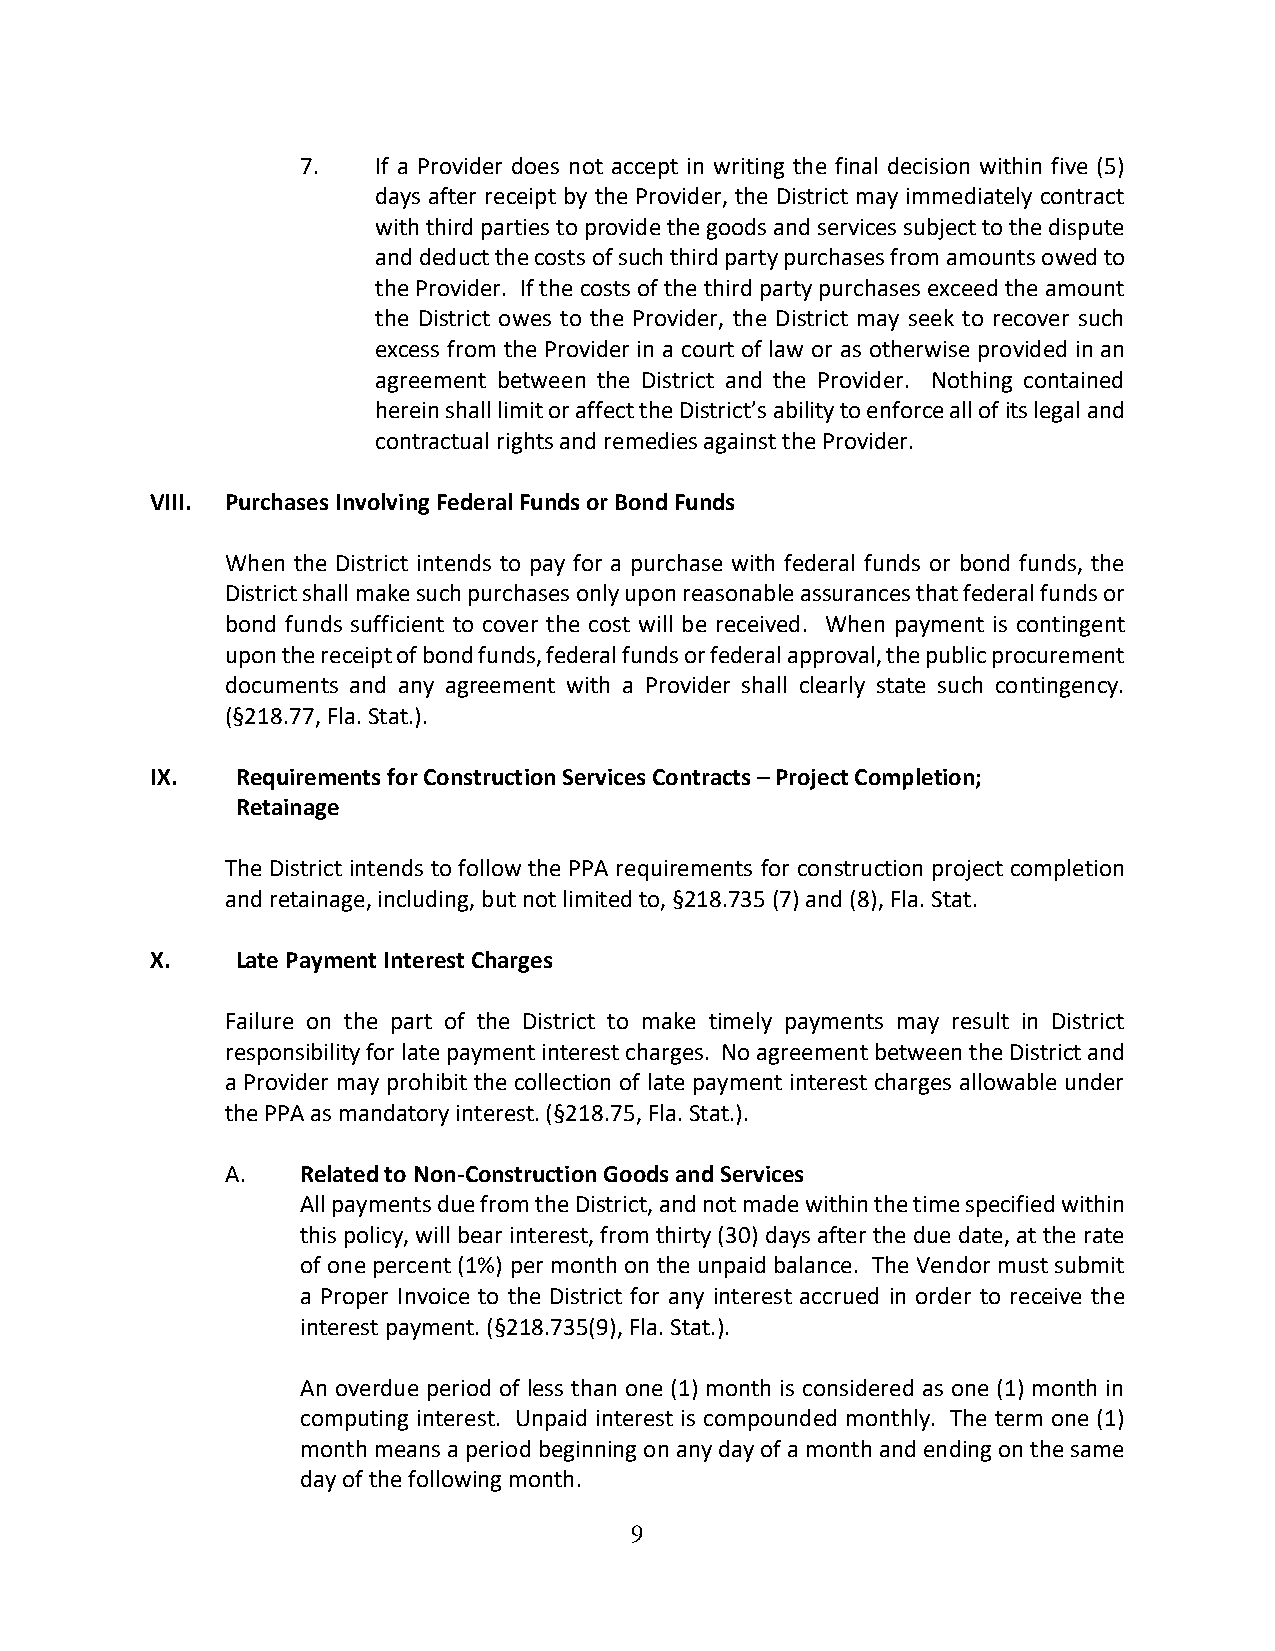
7.   If a Provider does not accept in writing the final decision within five (5)
 days after receipt by the Provider, the District may immediately contract
 with third parties to provide the goods and services subject to the dispute
 and deduct the costs of such third party purchases from amounts owed to
 the Provider. If the costs of the third party purchases exceed the amount
 the District owes to the Provider, the District may seek to recover such
 excess from the Provider in a court of law or as otherwise provided in an
 agreement between the District and the Provider. Nothing contained
 herein shall limit or affect the District’s ability to enforce all of its legal and
 contractual rights and remedies against the Provider.
 VIII. Purchases Involving Federal Funds or Bond Funds
 When the District intends to pay for a purchase with federal funds or bond funds, the
 District shall make such purchases only upon reasonable assurances that federal funds or
 bond funds sufficient to cover the cost will be received. When payment is contingent
 upon the receipt of bond funds, federal funds or federal approval, the public procurement
 documents and any agreement with a Provider shall clearly state such contingency.
 (§218.77, Fla. Stat.).
 IX.   Requirements for Construction Services Contracts – Project Completion;
 Retainage
 The District intends to follow the PPA requirements for construction project completion
 and retainage, including, but not limited to, §218.735 (7) and (8), Fla. Stat.
 X.    Late Payment Interest Charges
 Failure on the part of the District to make timely payments may result in District
 responsibility for late payment interest charges. No agreement between the District and
 a Provider may prohibit the collection of late payment interest charges allowable under
 the PPA as mandatory interest. (§218.75, Fla. Stat.).
 A.   Related to Non-Construction Goods and Services
 All payments due from the District, and not made within the time specified within
 this policy, will bear interest, from thirty (30) days after the due date, at the rate
 of one percent (1%) per month on the unpaid balance. The Vendor must submit
 a Proper Invoice to the District for any interest accrued in order to receive the
 interest payment. (§218.735(9), Fla. Stat.).
 An overdue period of less than one (1) month is considered as one (1) month in
 computing interest. Unpaid interest is compounded monthly. The term one (1)
 month means a period beginning on any day of a month and ending on the same
 day of the following month.
 9